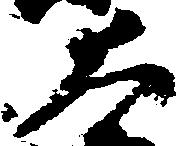
大